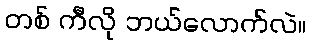
တစ် ကီလို ဘယ်လောက်လဲ။